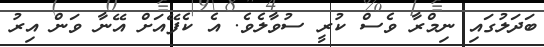
ބަދަލުގައި ނިމްރާ ވެސް ކުރީ ސުވާލެވެ. އެ ކެފޭއަށް އޭނާ ވަން އިރު